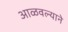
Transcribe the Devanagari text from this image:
आळवल्याने